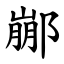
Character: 䣙